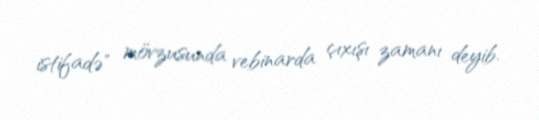
istifadə" mövzusunda vebinarda çıxışı zamanı deyib.